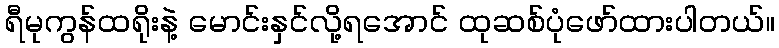
ရီမုကွန်ထရိုးနဲ့ မောင်းနှင်လို့ရအောင် ထုဆစ်ပုံဖော်ထားပါတယ်။